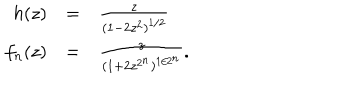
\begin{array} { r c l } { { h ( z ) } } & { { = } } & { { \frac { z } { ( 1 - 2 z ^ { 2 } ) ^ { 1 / 2 } } } } \\ { { f _ { n } ( z ) } } & { { = } } & { { \frac { z } { ( 1 + 2 z ^ { 2 ^ { n } } ) ^ { 1 / 2 ^ { n } } } . } } \\ \end{array}